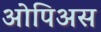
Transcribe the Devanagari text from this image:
ओपिअस